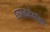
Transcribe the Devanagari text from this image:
हरपाळदेवांना